Senior Leaving Certificate Examination (including Day School Certificate (Higher) General paper), 1949
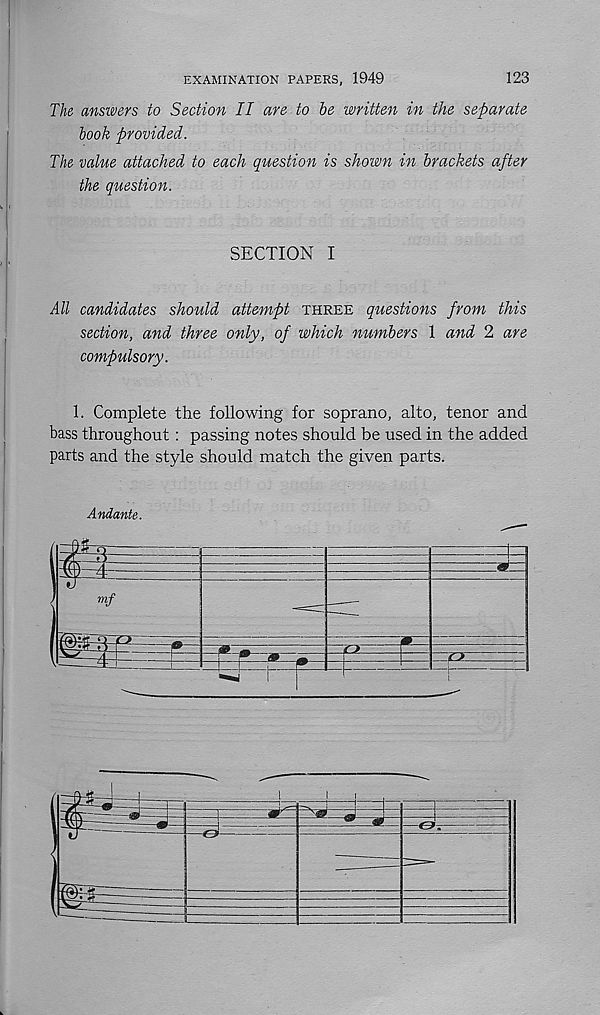
EXAMINATION PAPERS, 1949
123
The ansivers to Section II are to be written in the separate
book provided.
The value attached to each question is shown in brackets after
the question.
SECTION I
All candidates should attempt three questions from this
section, and three only, of which numbers 1 and 2 are
compulsory.
1. Complete the following for soprano, alto, tenor and
bass throughout: passing notes should be used in the added
parts and the style should match the given parts.
Andante.